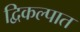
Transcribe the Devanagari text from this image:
द्विकल्पात